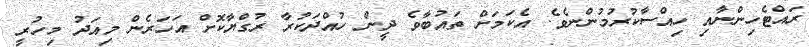
ރައްޓެހިންނާއި ހިއްސާކުރުމުންނެވެ. އެކަމަށް ތައުބާވެ ދީން ހުއްދަކުރާ ރުގްޔާކޮށް އަހަރެން މިއަދު މިހުރީ